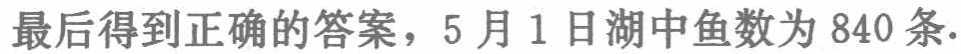
最后得到正确的答案，5月1日湖中鱼数为 840 条.